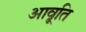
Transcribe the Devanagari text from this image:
आवृ्ति